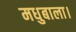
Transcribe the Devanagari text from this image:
मधुबाला।